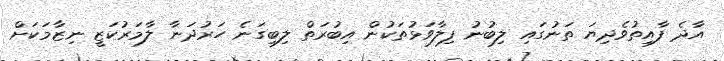
އާދެ ފާއިތުވެދިޔަ ތަނުގައި ލިބުނު ފިލާވަޅުތަކުން އިބުރަތް ލިބިގަނެ ހަރުދަނާ ލާމަރުކަޒީ ނިޒާމަކަށް